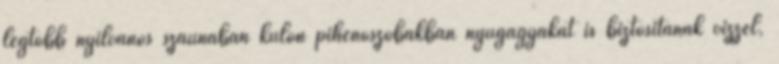
legtöbb nyilvános szaunában külön pihenőszobákban nyugágyakat is biztosítanak vízzel,